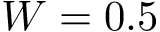
W = 0 . 5